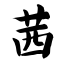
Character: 茜